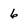
Character: 6